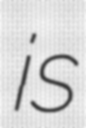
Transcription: is